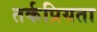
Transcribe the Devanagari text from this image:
तर्कप्रियता